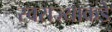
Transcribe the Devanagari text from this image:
स्वराज्याकडे